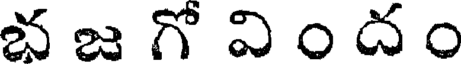
భ జ గో వి ం ద ం